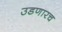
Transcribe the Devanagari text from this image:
उडणारच